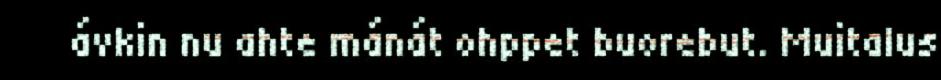
ávkin nu ahte mánát ohppet buorebut. Muitalus